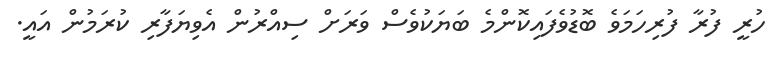
ހުރީ ފުރާ ފުރިހަމަވެ ބޮޑުވެފައިކޮންމެ ބަޔަކުވެސް ވަރަށް ސިއްރުން އެވިޔަފާރި ކުރަމުން އައީ.